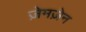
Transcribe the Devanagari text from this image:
ज़ेमज़ेन